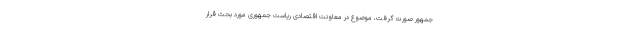
جمهور صورت گرفت، موضوع در معاونت اقتصادی ریاست جمهوری مورد بحث قرار